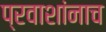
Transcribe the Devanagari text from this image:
प्रवाशांनाच